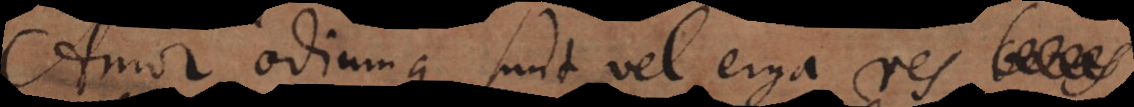
Amor odiumque sunt vel erga res